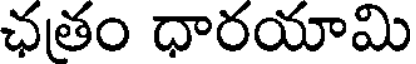
ఛతం ధారయామి